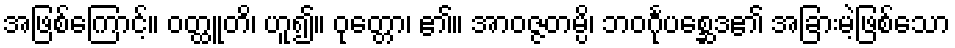
အဖြစ်ကြောင့်။ ဝတ္ထူတိ၊ ဟူ၍။ ဝုတ္တော၊ ၏။ အာဝဇ္ဇတမ္ပိ၊ ဘဝင်္ဂုပစ္ဆေဒ၏ အခြားမဲ့ဖြစ်သော